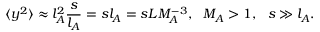
\langle y ^ { 2 } \rangle \approx l _ { A } ^ { 2 } \frac { s } { l _ { A } } = s l _ { A } = s L M _ { A } ^ { - 3 } , ~ ~ M _ { A } > 1 , ~ ~ s \gg l _ { A } .